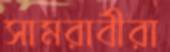
সামরাবীরা